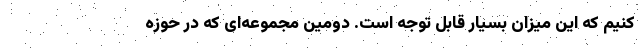
کنیم که این میزان بسیار قابل توجه است. دومین مجموعه‌ای که در حوزه